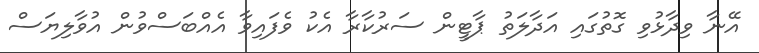
އޭނާ ވިދާޅުވި ގޮތުގައި އަދާލަތު ޕާޓީން ސަރުކާރާ އެކު ވެފައިވާ އެއްބަސްވުން އުވާލިޔަސް